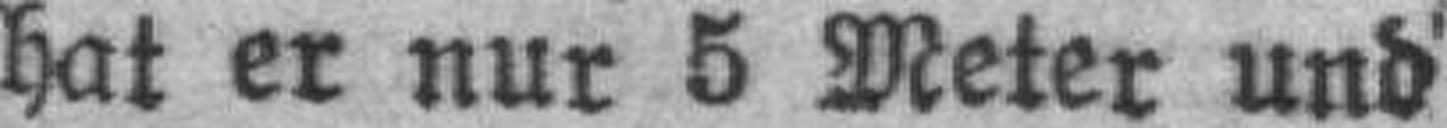
hat er nur 5 Meter und